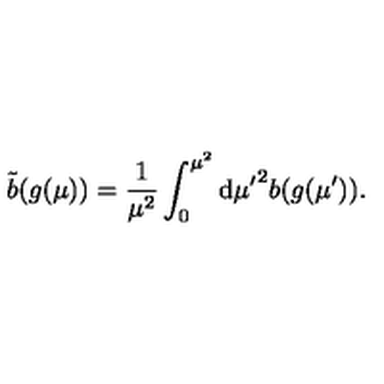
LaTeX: \tilde { b } ( g ( \mu ) ) = \frac { 1 } { \mu ^ { 2 } } \int _ { 0 } ^ { \mu ^ { 2 } } \mathrm { d } { \mu ^ { \prime } } ^ { 2 } b ( g ( \mu ^ { \prime } ) ) .